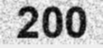
200